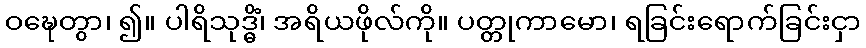
ဝဍ္ဎေတွာ၊ ၍။ ပါရိသုဒ္ဓိံ၊ အရိယဖိုလ်ကို။ ပတ္တုကာမော၊ ရခြင်းရောက်ခြင်းငှာ